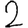
Digit: 2